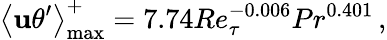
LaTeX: \left<\mathbf{u}\theta^{\prime}\right>_{\mathrm{{max}}}^{+}=7.74Re_{\tau}^{-0.006}Pr^{0.401}\, ,